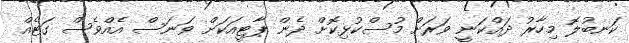
ކަނބުލޮ މިހާރު ދައްކަނީ ވަރަށް މުސްކުޅިކޮށް ދެން ޕާޓީއަކަށް ވަނަސް އެއްވެސް ގަޓެއް